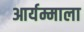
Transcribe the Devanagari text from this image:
आर्यम्माला